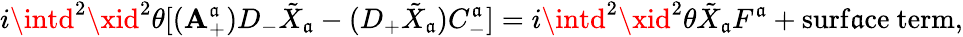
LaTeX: i\intd^{2}\xid^{2}\theta[(\mathbf{A}_{+}^{\mathfrak{a}})D_{-}\tilde{{X}}_{\mathfrak{a}}-(D_{+}\tilde{{X}}_{\mathfrak{a}})C_{-}^{\mathfrak{a}}]=i\intd^{2}\xid^{2}\theta\tilde{{X}}_{\mathfrak{a}}F^{\mathfrak{a}}+\mathrm{{surf\mathfrak{a}ce~term}},